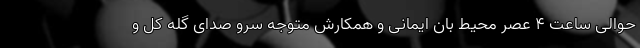
حوالی ساعت ۴ عصر محیط بان ایمانی و همکارش متوجه سرو صدای گله کل و